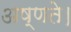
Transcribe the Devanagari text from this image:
अष्णते।